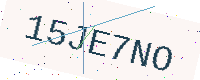
Text: 15JE7NO